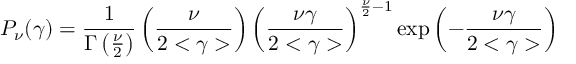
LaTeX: P _ { \nu } ( \gamma ) = \frac { 1 } { \Gamma \left( \frac { \nu } { 2 } \right) } \left( \frac { \nu } { 2 < \gamma > } \right) \left( \frac { \nu \gamma } { 2 < \gamma > } \right) ^ { \frac { \nu } { 2 } - 1 } \exp \left( - \frac { \nu \gamma } { 2 < \gamma > } \right)